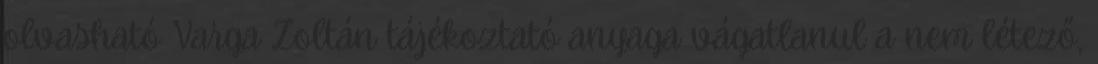
olvasható Varga Zoltán tájékoztató anyaga vágatlanul a nem létező,